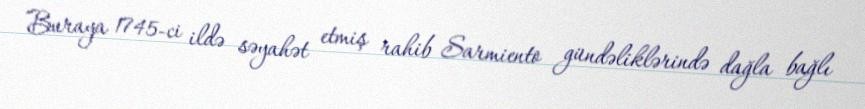
Buraya 1745-ci ildə səyahət etmiş rahib Sarmiento gündəliklərində dağla bağlı